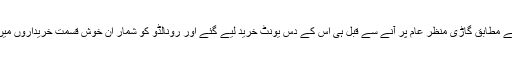
رپورٹ کے مطابق گاڑی منظر عام پر آنے سے قبل ہی اس کے دس یونٹ خرید لیے گئے اور رونالڈو کو شمار ان خوش قسمت خریداروں میں ہوتا ہے۔